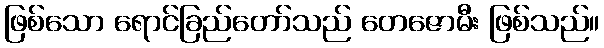
ဖြစ်သော ရောင်ခြည်တော်သည် တေဇောမီး ဖြစ်သည်။